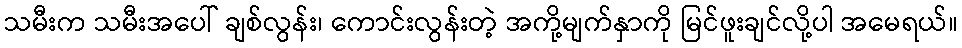
သမီးက သမီးအပေါ် ချစ်လွန်း၊ ကောင်းလွန်းတဲ့ အကို့မျက်နှာကို မြင်ဖူးချင်လို့ပါ အမေရယ်။